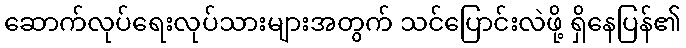
ဆောက်လုပ်ရေးလုပ်သားများအတွက် သင်ပြောင်းလဲဖို့ ရှိနေပြန်၏